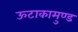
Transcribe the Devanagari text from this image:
ऊटाकामुण्ड